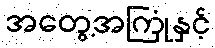
အတွေ့အကြုံနှင့်